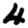
Digit: 4